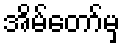
အိမ်တော်မှ